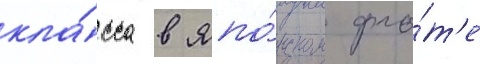
кла́сса в япо́нском фло́т'е